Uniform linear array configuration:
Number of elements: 16
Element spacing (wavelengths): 0.25
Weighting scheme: kaiser
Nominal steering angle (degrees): -45
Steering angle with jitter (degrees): -46.084
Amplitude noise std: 0.05
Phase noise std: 0.05

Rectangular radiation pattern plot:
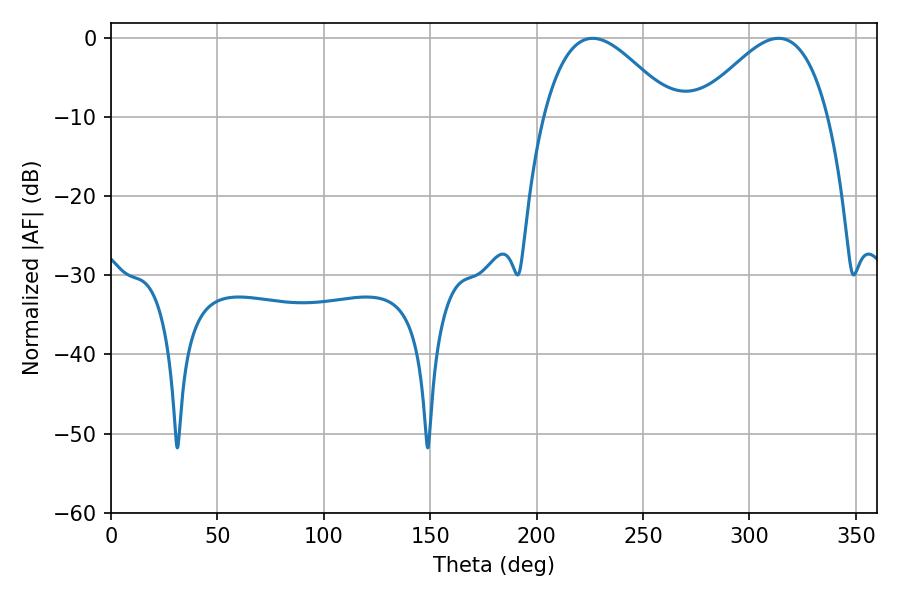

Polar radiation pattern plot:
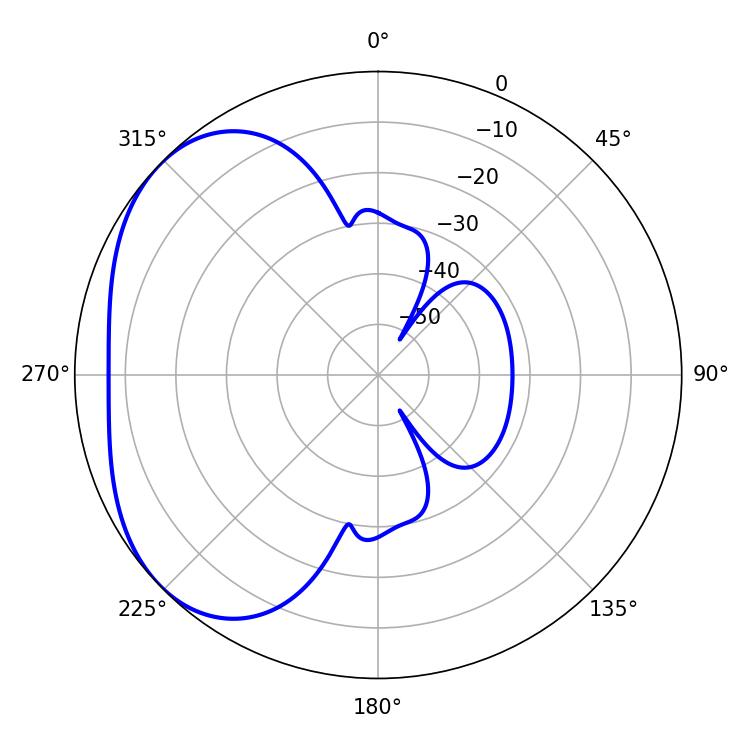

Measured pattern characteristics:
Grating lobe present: FALSE
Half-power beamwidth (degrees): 33.12
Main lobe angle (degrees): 226.26